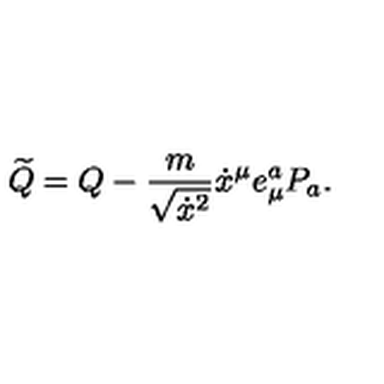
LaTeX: \widetilde Q = Q - { \frac { m } { \sqrt { \dot { x } ^ { 2 } } } } \dot { x } ^ { \mu } e _ { \mu } ^ { a } P _ { a } .